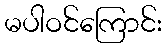
မပါဝင်ကြောင်း